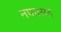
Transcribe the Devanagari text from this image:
नफासत